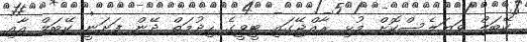
ކޭބަލް ވަޔަލެސްކޮށް މުޅި ރާއްޖޭގައި ޓީވީގެ ހިދުމަތް ދޭން ފަށަނީ ކޭބަލް އާއި